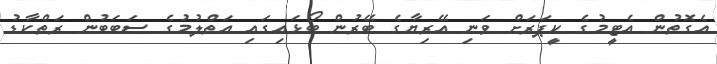
އެގޮތުން އެޓީމުގެ ކީޕަރަށް ވަނި އޭރިޔާގެ ބޭރުން ބޯޅައިގައި އަތްލުމުގެ ސަބަބުން ރަތްކާޑު